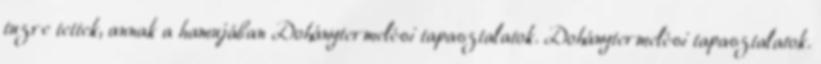
tuzre tettek, annak a hamujában Dohánytermelési tapasztalatok. Dohánytermelési tapasztalatok.